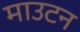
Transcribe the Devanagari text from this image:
माउटन